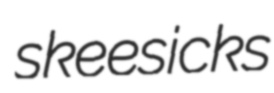
skeesicks